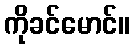
ကိုခင်မောင်။